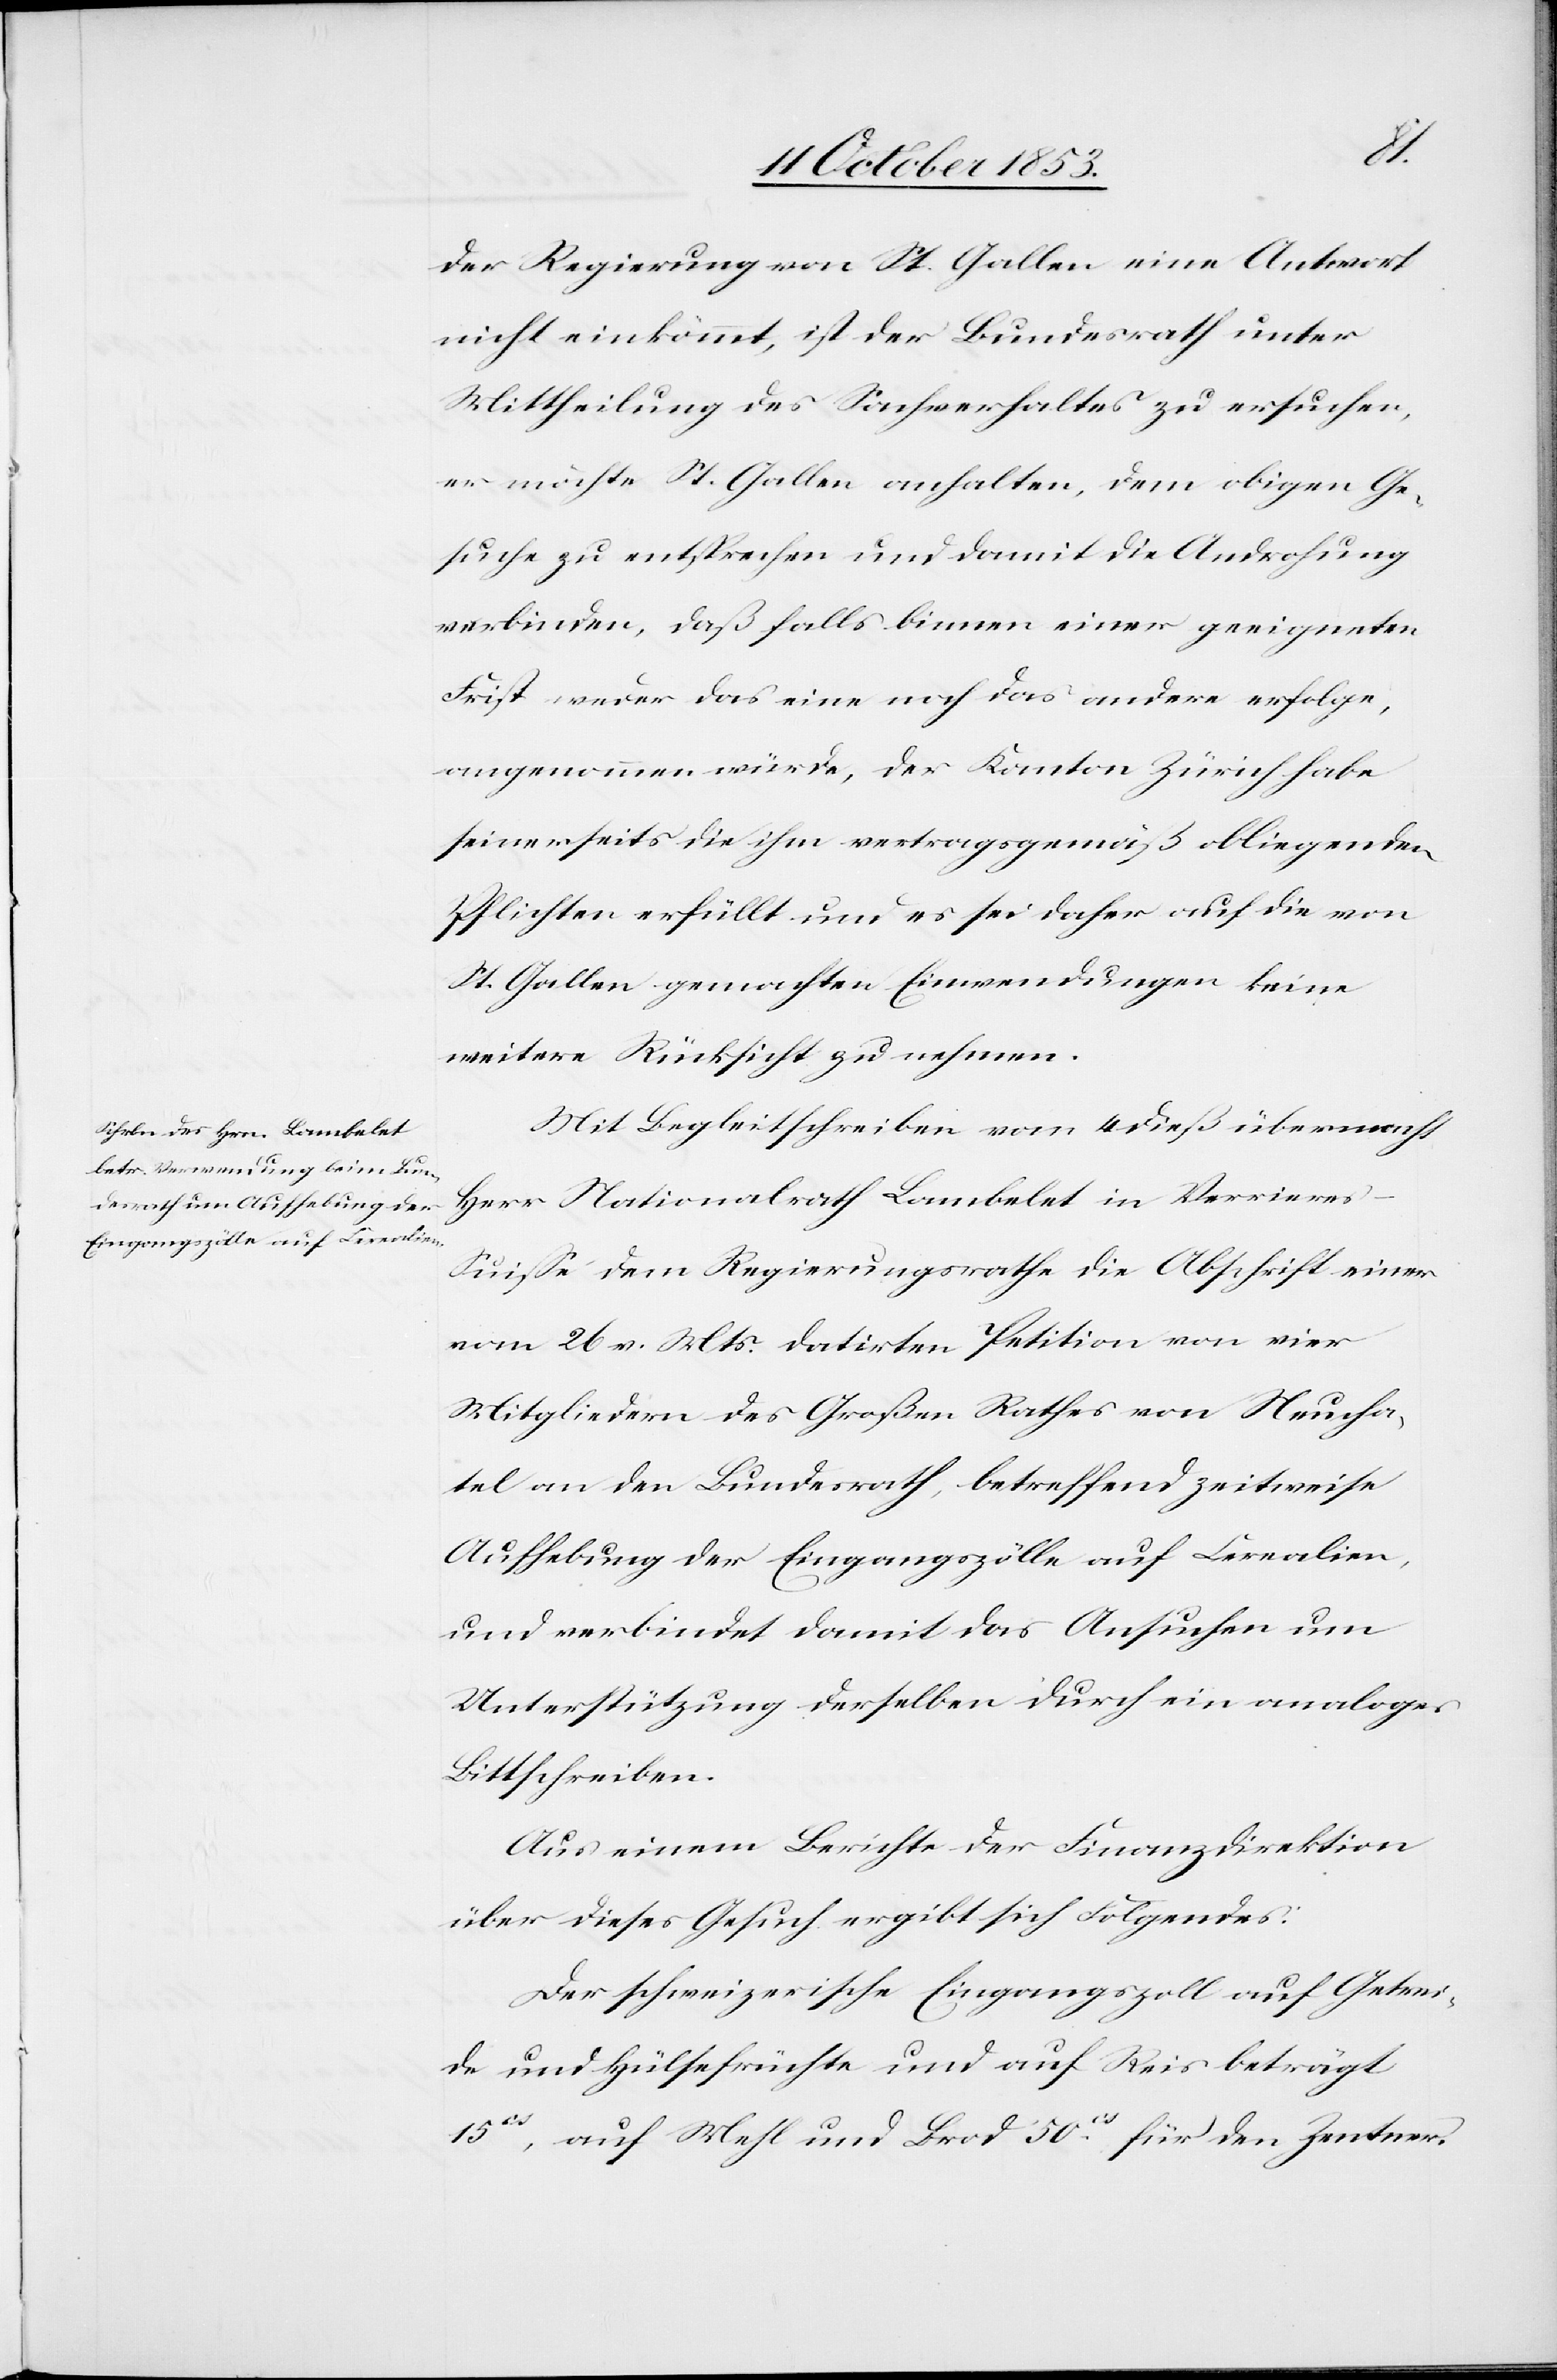
der Regierung von St. Gallen eine Antwort
nicht einkömmt, ist der Bundesrath unter
Mittheilung des Sachverhaltes zu ersuchen,
er möchte in St. Gallen anhalten, dem obigen Ge¬
suche zu entsprechen und damit die Androhung
verbinden, daß falls binnen einer geeigneten
Frist weder das eine noch das andere erfolge,
angenommen würde, der Kanton Zürich habe
seinerseits die ihm vertragsgemäß obliegenden
Pflichten erfüllt und es sei daher auf die von
St. Gallen gemachten Einwendungen keine
weitere Rücksicht zu nehmen.
Mit Begleitschreiben vom 4 dieß übermacht
Herr Nationalrath Lambelet in Verrieres-S¬
uiße dem Regierungsrathe die Abschrift einer
vom 26 v. Mts. datirten Petition von vier
Mitgliedern des Großen Rathes von Neucha¬
tel an den Bundesrath, betreffend zeitweise
Aufhebung der Eingangszölle auf Cerealien,
und verbindet damit das Ansuchen um
Unterstützung derselben durch ein analoges
Bittschreiben.
Aus einem Berichte der Finanzdirektion
über dieses Gesuch ergibt sich Folgendes:
Der schweizerische Eingangszoll auf Getrei¬
de und Hülsefrüchte und auf Reis beträgt
15cs, auf Mehl und Brod 50cs für den Zentner.